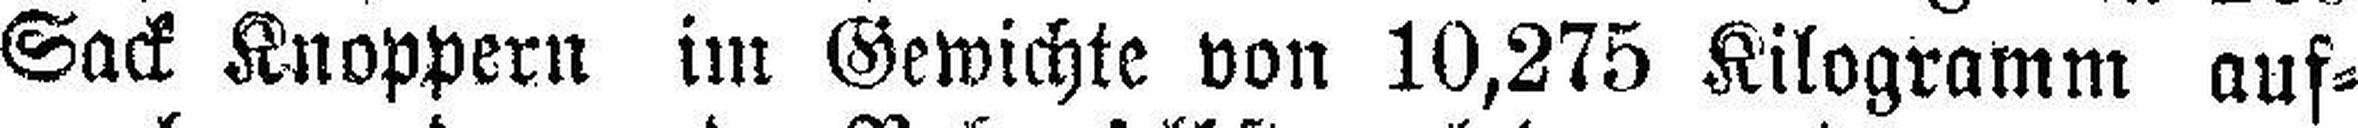
Sack Knoppern im Gewichte von 10,275 Kilogramm auf¬